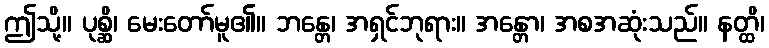
ဤသို့။ ပုစ္ဆိ၊ မေးတော်မူ၏။ ဘန္တေ၊ အရှင်ဘုရား။ အန္တော၊ အစအဆုံးသည်။ နတ္ထိ၊